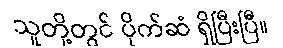
သူတို့တွင် ပိုက်ဆံ ရှိပြီးပြီ။